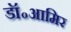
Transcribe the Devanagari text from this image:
डॉ॰आमिर